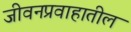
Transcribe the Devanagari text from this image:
जीवनप्रवाहातील